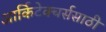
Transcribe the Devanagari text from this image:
आर्किटेक्चर्ससाठी